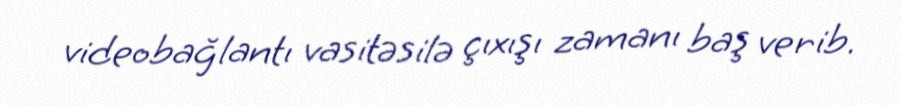
videobağlantı vasitəsilə çıxışı zamanı baş verib.